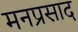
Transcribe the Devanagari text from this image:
मनप्रसाद